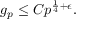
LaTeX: g _ { p } \leq C p ^ { { \frac { 1 } { 4 } } + \epsilon } .